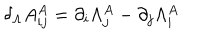
\delta _ { \Lambda } A _ { i j } ^ { A } = \partial _ { i } \Lambda _ { j } ^ { A } - \partial _ { j } \Lambda _ { i } ^ { A }